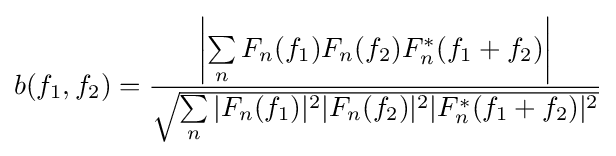
b(f_{1},f_{2})={\frac {\left|\sum \limits _{n}F_{n}(f_{1})F_{n}(f_{2})F_{n}^{*}(f_{1}+f_{2})\right|}{\sqrt {\sum \limits _{n}|F_{n}(f_{1})|^{2}|F_{n}(f_{2})|^{2}|F_{n}^{*}(f_{1}+f_{2})|^{2}}}}